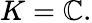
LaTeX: K=\mathbb{C}.